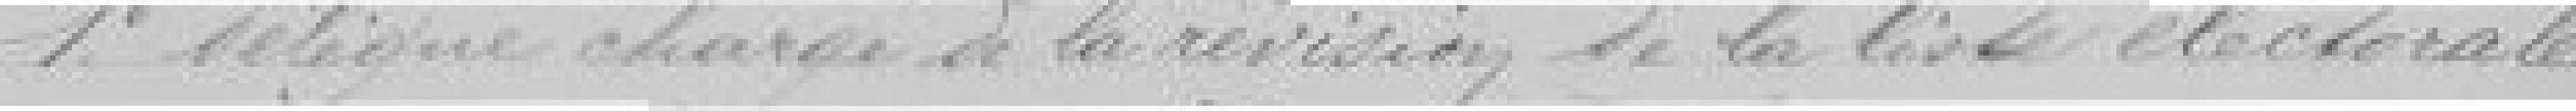
1°. Délégué chargé de la révision de la liste électorale